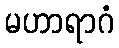
မဟာရာဂံ